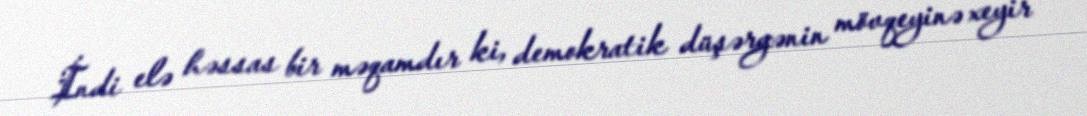
İndi elə həssas bir məqamdır ki, demokratik düşərgənin mövqeyinə xeyir